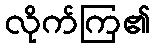
လိုက်ကြ၏